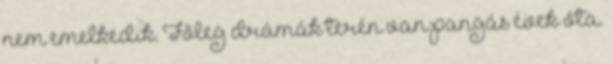
nem emelkedik. Főleg drámák terén van pangás évek óta.